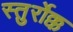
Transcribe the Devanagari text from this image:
स्तुर्रोक्क